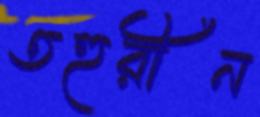
তহুরীন